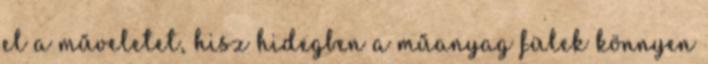
el a műveletet, hisz hidegben a műanyag fülek könnyen